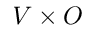
V \times O